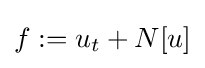
f:=u_{t}+N[u]